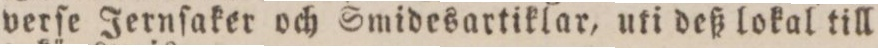
verſe Jernſaker och Smidesartiklar, uti deß lokal till